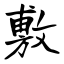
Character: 敷